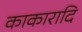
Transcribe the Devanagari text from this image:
काकारादि